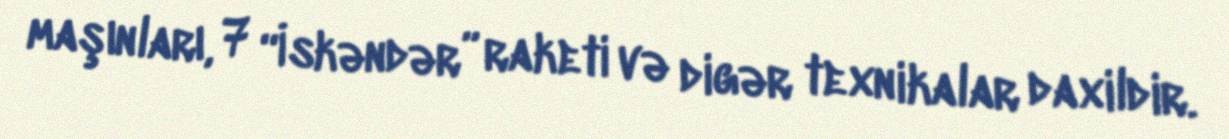
maşınları, 7 “İskəndər” raketi və digər texnikalar daxildir.